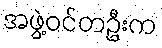
အဖွဲ့ဝင်တဦးက